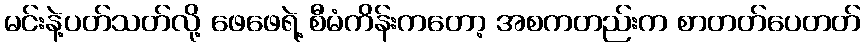
မင်းနဲ့ပတ်သတ်လို့ ဖေဖေရဲ့ စီမံကိန်းကတော့ အစကတည်းက စာတတ်ပေတတ်